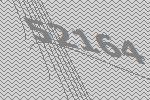
52164